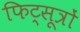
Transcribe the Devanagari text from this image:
फिट्सूत्रों